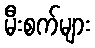
မီးစက်များ